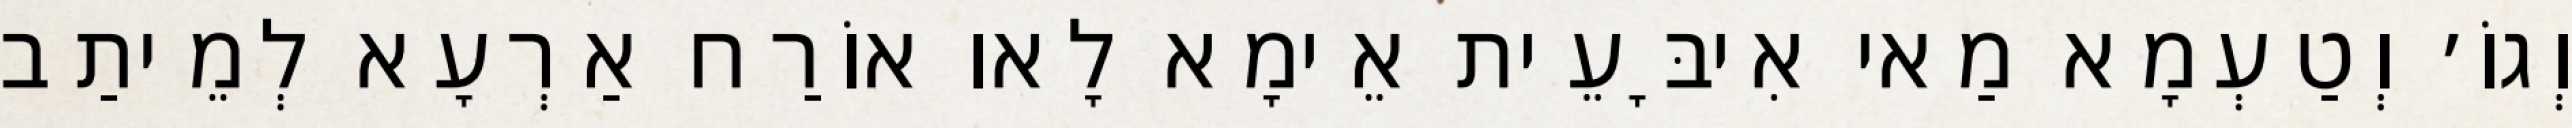
וְגוֹ׳ וְטַעְמָא מַאי אִיבָּעֵית אֵימָא לָאו אוֹרַח אַרְעָא לְמֵיתַב